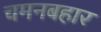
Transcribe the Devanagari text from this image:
चमनबहार